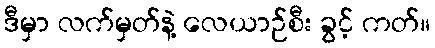
ဒီမှာ လက်မှတ်နဲ့ လေယာဉ်စီး ခွင့် ကတ်။